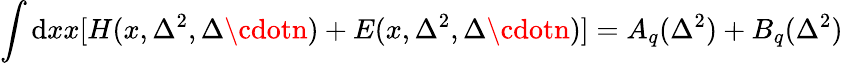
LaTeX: \int\mathrm{d}xx[H(x,\Delta^{2},\Delta\cdotn)+E(x,\Delta^{2},\Delta\cdotn)]=A_{q}(\Delta^{2})+B_{q}(\Delta^{2})